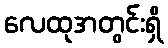
လေထုအတွင်းရှိ